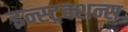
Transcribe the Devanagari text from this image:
इन्स्ट्रक्शन्स